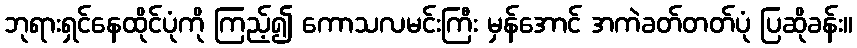
ဘုရားရှင်နေထိုင်ပုံကို ကြည့်၍ ကောသလမင်းကြီး မှန်အောင် အကဲခတ်တတ်ပုံ ပြဆိုခန်း။